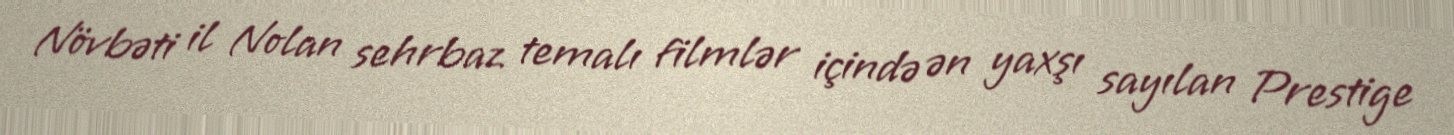
Növbəti il Nolan sehrbaz temalı filmlər içində ən yaxşı sayılan Prestige